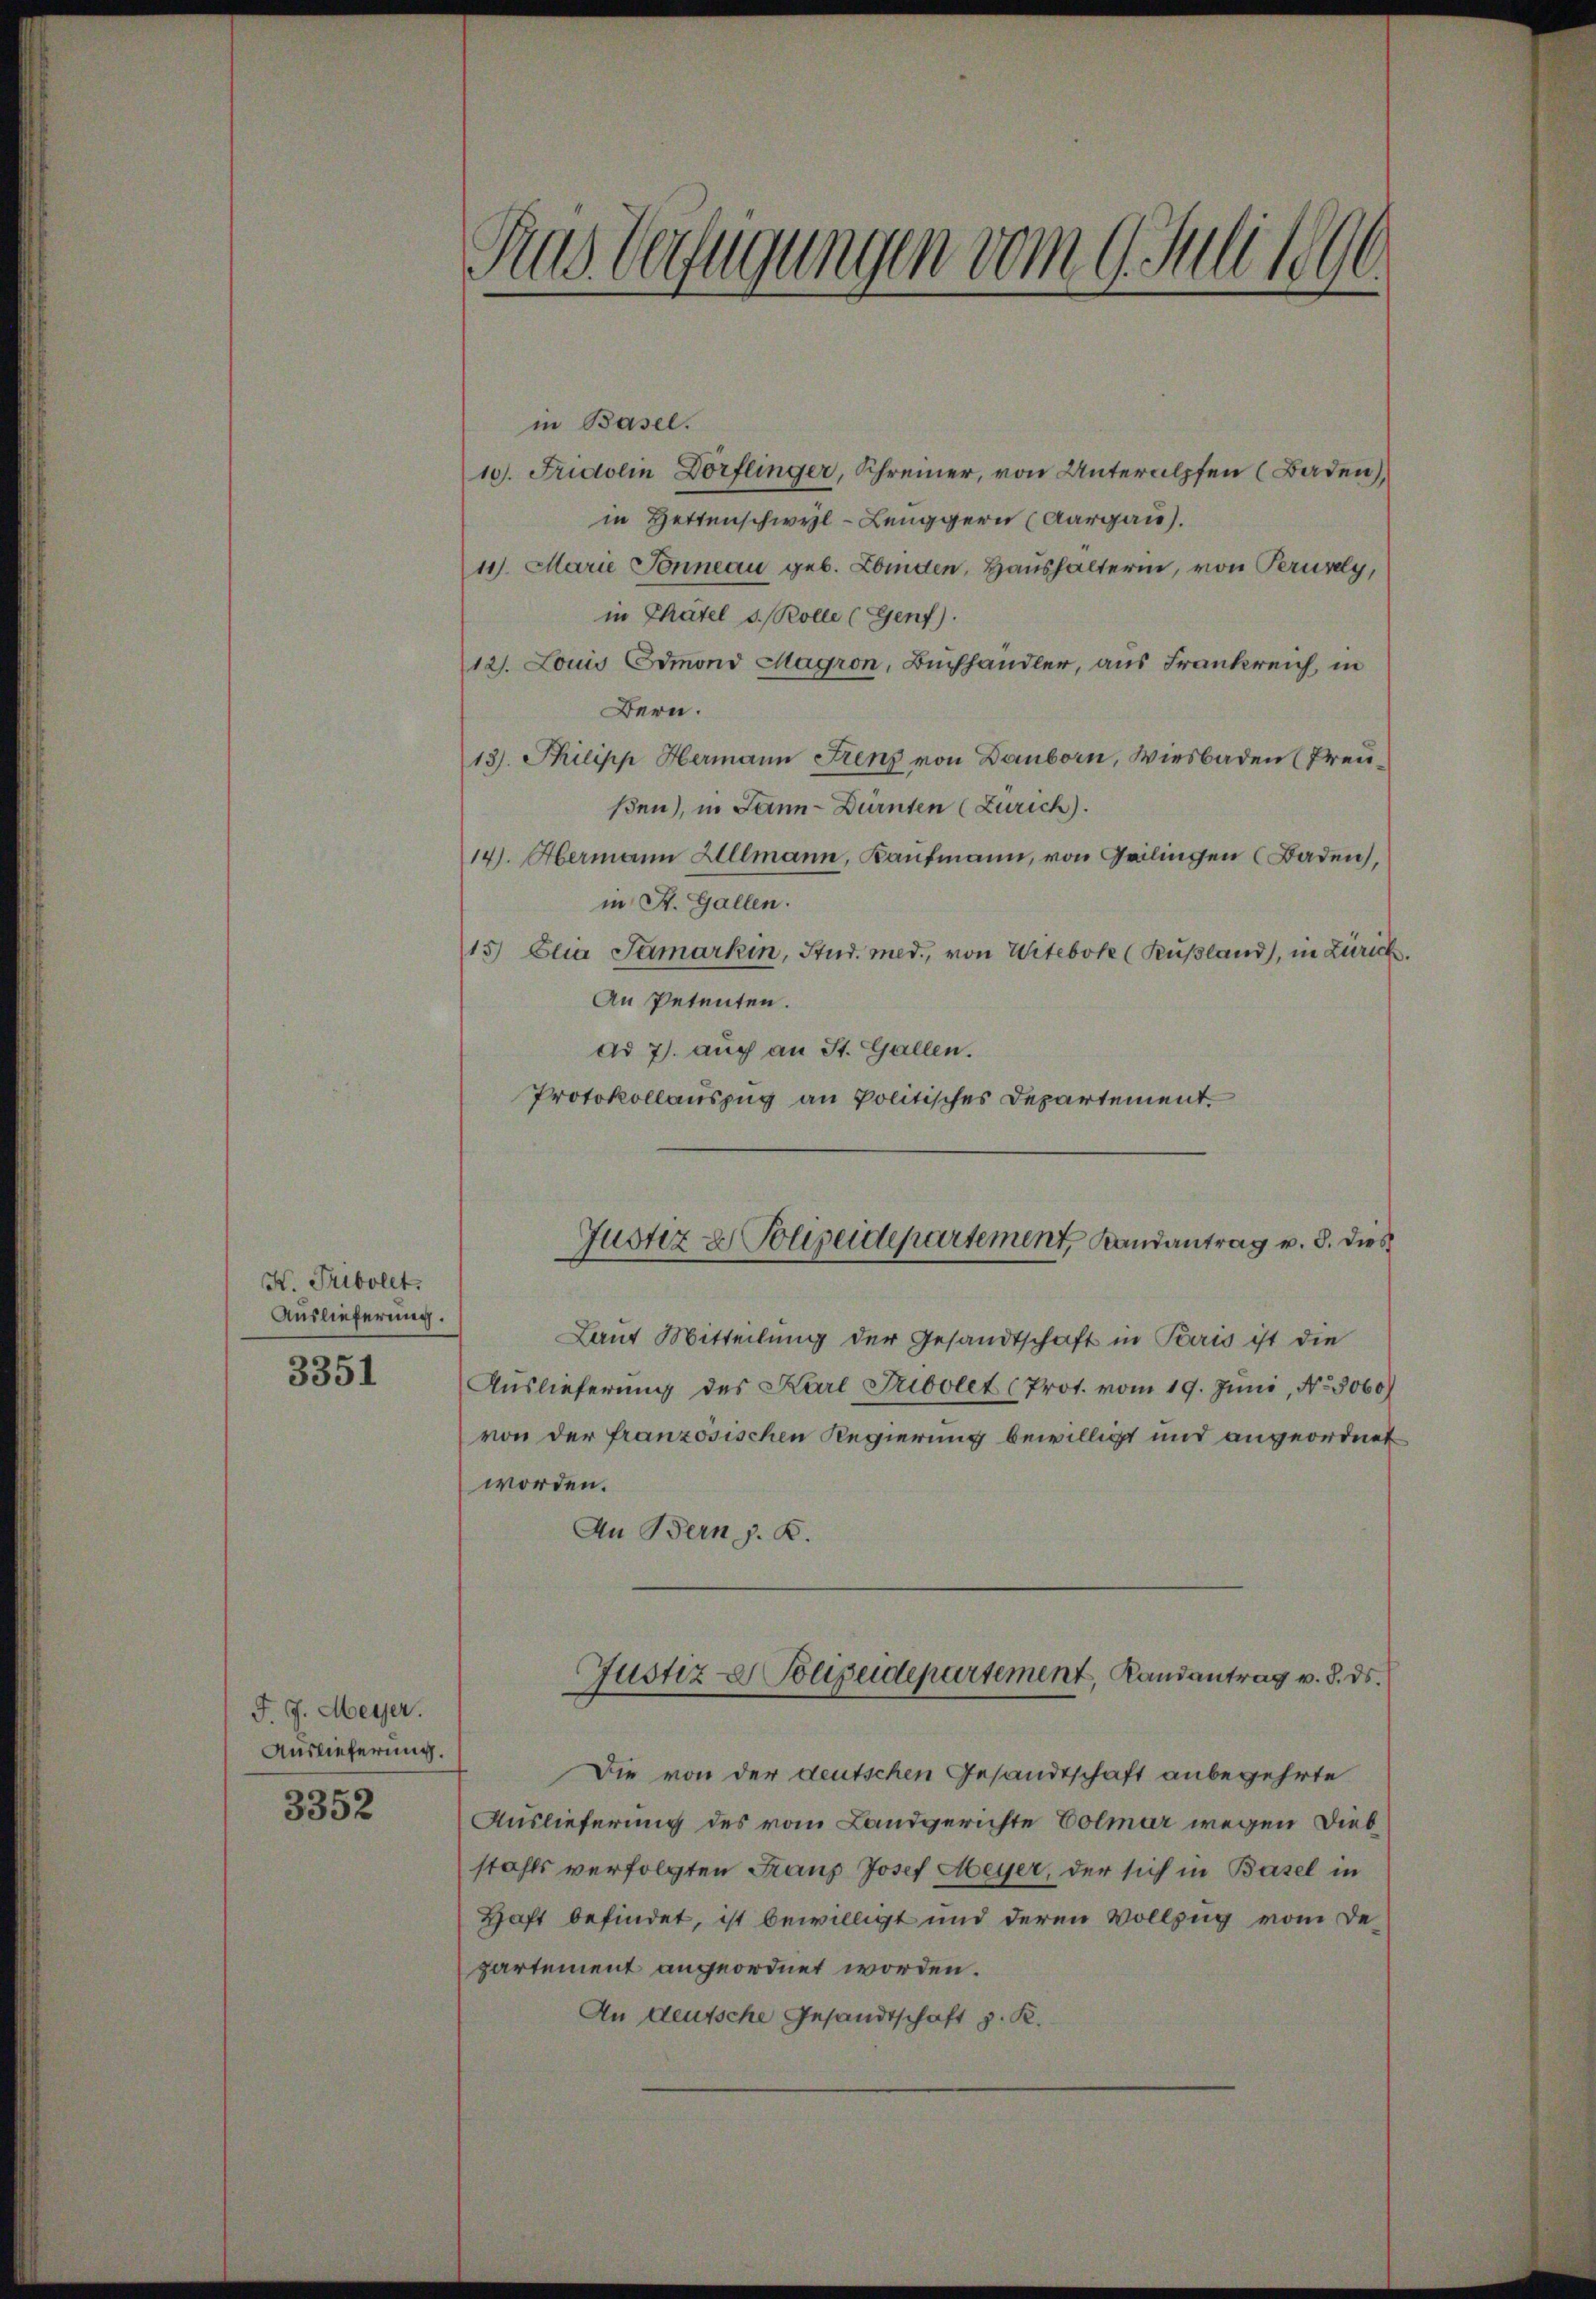
H. Tribollt.
Auslieferung.
3351

F. J. Meyer.
Auslieferung.
3352

Ras Verfügungen vom 9. Juli 1896.

in Basel.
10. Fridolin Dorflinger, Schreiner, von Unteralpfen (Baden)
in Hertenschwyl - Lenggern (Aargau).
11. Marie Sonneau geb. Eiden, Haushalterin, von Perury,
in Chatel s. Rolle (Genf).
121. Louis Edmond Magron, Buchhandler, aus Frankreich, in
Bern.
13). Philipp Hermann Frenz von Danborn, Wiesbaden (Preusen), in Jann-Dürnten (Zürich).
14. Abermann Allmann, Kaufmann, von Geilingen (Baden,
in St. Gallen.
15) Elia Samarkin, Stud. med., von Urtebote (Rußland), in Zürich.
An Petenten.
ad 7. auch an St. Gallen.
Protokollauszug an Politisches Departement.

Justiz & Polizeidepartement, Landantrag v. 8. dies

Laut Mitteilung der Gesandtschaft in Paris ist die
Auslieferung des Karl Fribolet (Prot. vom 19. Juni, No. 5060)
von der franzosischen Regierung bewilligt und angeordnet
worden.
An Bern z. B.
Die von der deutschen Gesandtschaft anbegehrte
Auslieferung des vom Landgerichte Colmar wegen Diebstahls verfolgten Franz Josef Meyer, der sich in Basel in
Haft befindet, ist bewilligt und deren Vollzug vom Departement angeordnet worden.
An deutsche Gesandtschaft z. K.

Justiz- & Polizeidepartement, Landantrag v. 8. ds.